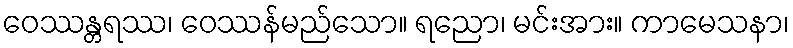
ဝေဿန္တရဿ၊ ဝေဿန်မည်သော။ ရညော၊ မင်းအား။ ကာမေသနာ၊